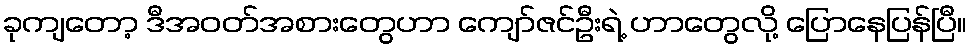
ခုကျတော့ ဒီအဝတ်အစားတွေဟာ ကျော်ဇင်ဦးရဲ့ ဟာတွေလို့ ပြောနေပြန်ပြီ။